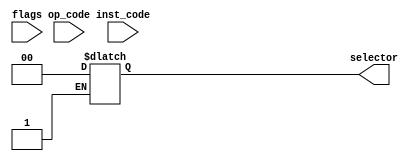
module selection_logic(
	input [1:0] inst_code,
	input [2:0] op_code,
	input [2:0] flags,
	output reg [1:0] selector
);
	always @ (flags)
	begin
//		if(flags != 3'b000) 
//			flags <= 3'b000;
	end
	
	always @(op_code, selector)
	begin
		if(inst_code != 10) 
			selector <= 2'b00;
		
		else if(inst_code == 10 && op_code != 100 && op_code != 111) 
			selector <= 2'b01;
		
		else if(op_code == 100)  
			selector <= 2'b10;
		
		else if(op_code == 111)  
			selector <= 2'b11;
	end
	
endmodule